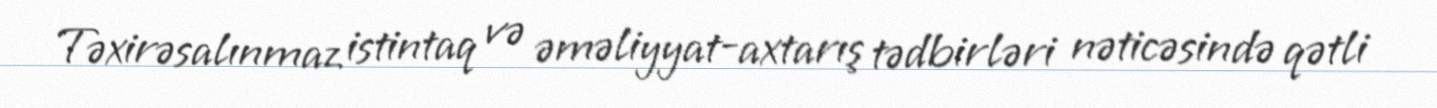
Təxirəsalınmaz istintaq və əməliyyat-axtarış tədbirləri nəticəsində qətli